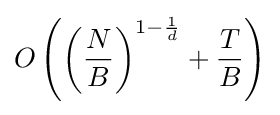
O\left(\left({\frac {N}{B}}\right)^{1-{\frac {1}{d}}}+{\frac {T}{B}}\right)